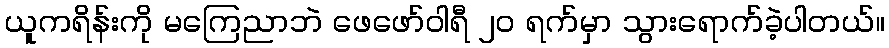
ယူကရိန်းကို မကြေညာဘဲ ဖေဖော်ဝါရီ ၂၀ ရက်မှာ သွားရောက်ခဲ့ပါတယ်။